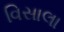
વિસાલા